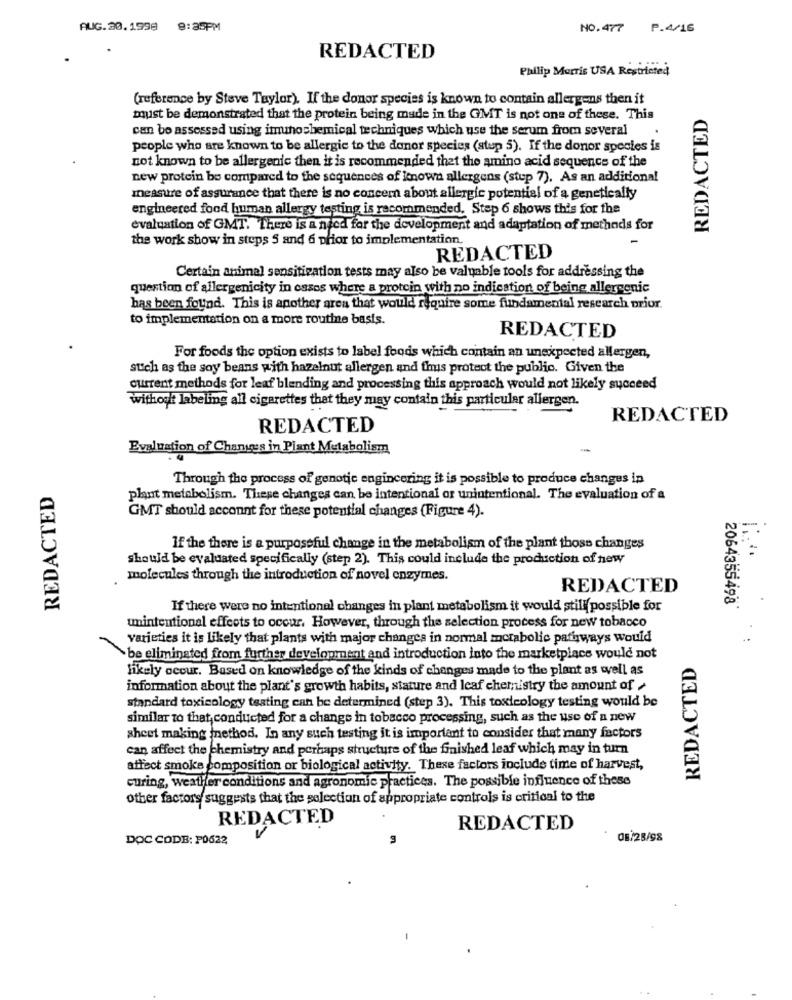
AUG. 20.1998 9:35PM
NO.477
P.4/16
REDACTED
Philip Morris USA Restricted
(reference by Steve Taylor). If the donor species is known to contain allergens then it
REDACTED
must be demonstrated that the protein being made in the GMT is not one of these. This
can bo assessed using imunosbemical techniques which use the serum from several
people who are known to be allergic to the donor species (stup 5). If the donor species is
not known to be allergenic then it is recommended that the amino acid sequence of the
new protein be compared to the sequences of knowa allergens (stup 7). As an additional
measure of assurance that there is no concern about allergic potential of a genetically
engineered food human allergy testing is recommended. Step 6 shows this for the
evaluation of GMT. There is a need for the development and adaptation of methods for
the work show in steps 5 and 6 prior to implementation.
REDACTED
Certain animal sensitization tests may also be valuable tools for addressing the
question of allergenicity in cases where a protein with no indication of being allergenic
has been found. This is another area that would require some fundamental research prior.
to implementation on a more routine basis.
REDACTED
For foods the option exists to label foods which contain an unexpected allergen,
such as the soy beans with hazelnut allergen and thus protect the public. Given the
current methods for leaf blending and processing this approach would not likely succeed
without labeling all cigarettes that they may contain this particular allergen.
REDACTED
REDACTED
Evaluation of Changes in Plant Metabolism
-
Through the process of genetic engineering it is possible to produce changes in
REDACTED
plant metabolism. These changes can be intentional or unintentional. The evaluation of a
GMT should account for these potential changes (Figure 4).
If the there is a purposeful change in the metabolism of the plant those changes
should be evaluated specifically (step 2). This could include the prochiction of new
molecules through the introduction of novel enzymes.
REDACTED
2064355498
If there were no intentional changes in plant metabolism it would still possible for
unintentional effects to occur. However, through the selection process for new tobacco
varieties it is likely that plants with major changes in normal metabolic pathways would
`be eliminated from further development and introduction into the marketplace would not
REDACTED
likely occur. Based on knowledge of the kinds of changes made to the plant as well as
information about the plant's growth habits, stature and leaf chemistry the amount of
standard toxicology testing can be determined (step 3). This toxicology testing would be
similar to that conducted for a change in tobacco processing, such as the use of a new
sheet making method. In any such testing it is important to consider that many factors
can affect the chemistry and perhaps structure of the finished leaf which may in turn
affect smoke composition or biological activity. These factors include time of harvest,
curing, weather conditions and agronomie practices. The possible influence of these
other factors suggests that the selection of appropriate controls is critical to the
REDACTED
REDACTED
DOC CODE: P0622
08/28/98